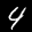
Label: 4